Newspaper: The state rights democrat. [volume]
Place of publication: Albany, Linn County, Oregon
Date: 1870-09-23 00:00:00
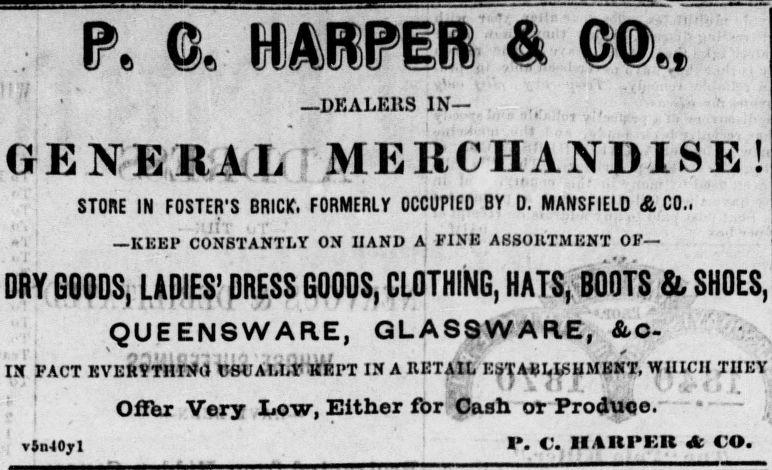
Advertisement text (OCR):
P 0e tCMPIK & GO -DKALE11S IN , G E XERAI J ME It C HAND I S E ! ' STORE IN FOSTER'S BRICK. FORMERLY OCCUPIED BY D. MANSFIELD & CO.. KEEP CONSTANTLY OX HAND i - DRY GOODS. LADIES' DRESS GOODS. QUEENSWARE, IX FACT KVERYTHIXd CSUALLtPKEPT IX .- ' Oflbr Very Low, Either vn40yl t.t) A FINE ASSORTMENT OF i ...... CLOTHING, HATS, BOOTS & SHOES, GLASSWARE, . A RETAIL ESTAKI,LSyMENT, VfUICH TUEY i UitiX t. -ii i $ L . for Cash or ProcttMje.- , P. C. HAItPKR etc CO.
Label: text-only